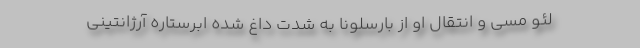
لئو مسی و انتقال او از بارسلونا به شدت داغ شده ابرستاره آرژانتینی